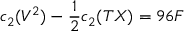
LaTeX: c _ { 2 } ( V ^ { 2 } ) - \frac { 1 } { 2 } c _ { 2 } ( T X ) = 9 6 F